65_HS1-834228961_62-HQ-83894_Section_9
Agency: FBI
Page 169
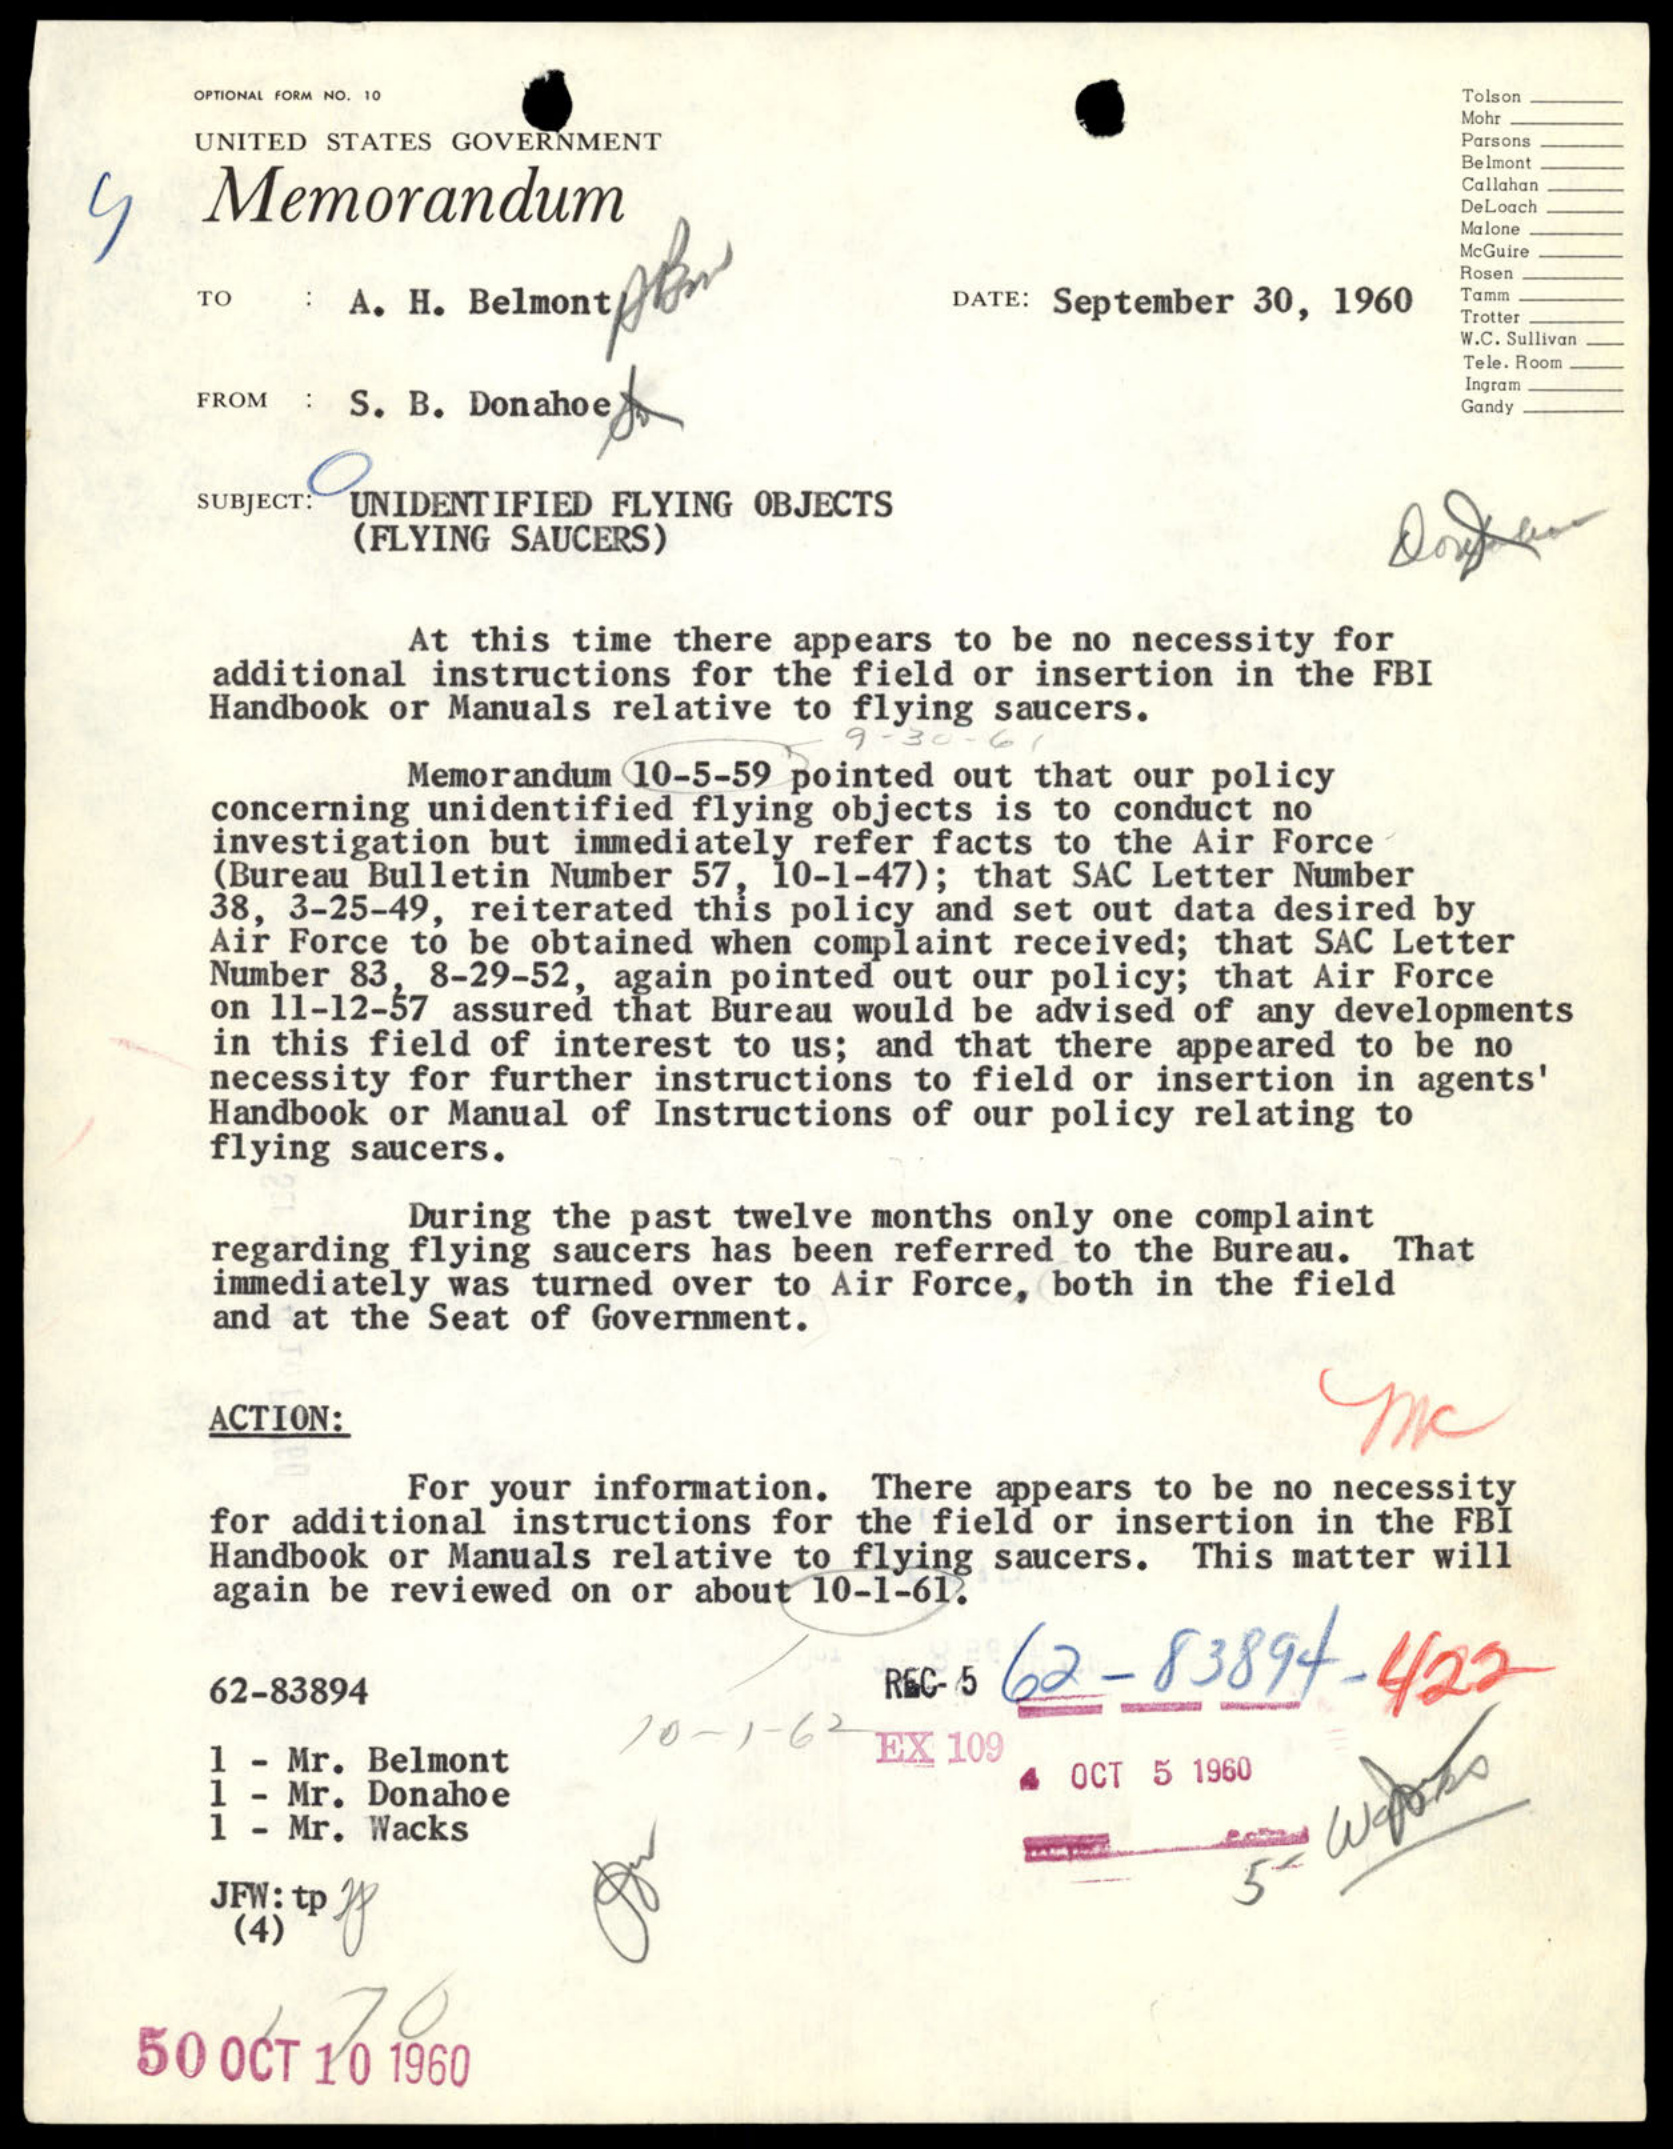